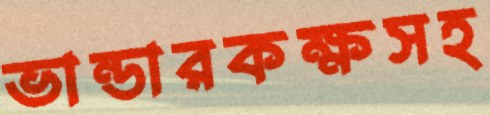
ভান্ডারকক্ষসহ